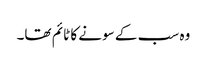
وہ سب کے سونے کا ٹائم تھا۔